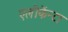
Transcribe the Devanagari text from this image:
एलीफेंन्टा